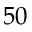
5 0